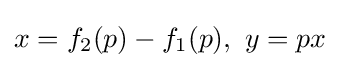
x=f_{2}(p)-f_{1}(p),\ y=px